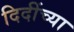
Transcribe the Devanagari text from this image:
दिदींच्या